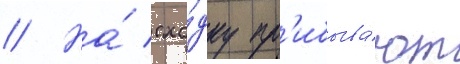
// На́ схо́дку пр'ибыва́ют